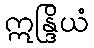
ဣန္ဒြိယံ